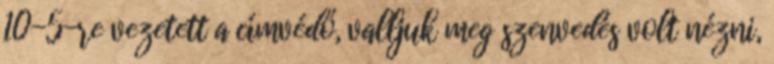
10-5-re vezetett a címvédő, valljuk meg szenvedés volt nézni,